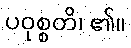
ပဝုစ္စတိ၊ ၏။